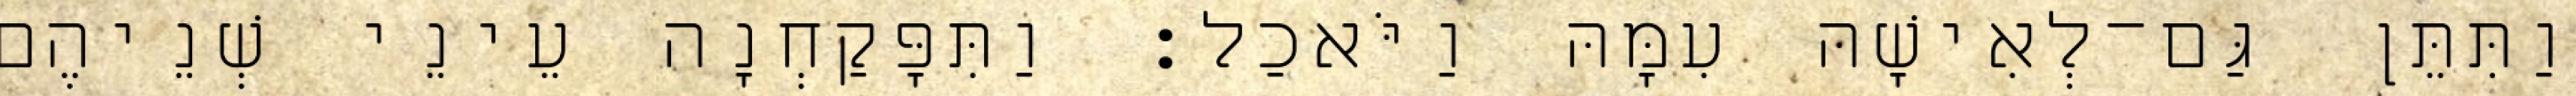
וַתִּתֵּן גַּם־לְאִישָׁהּ עִמָּהּ וַיֹּאכַל׃ וַתִּפָּקַחְנָה עֵינֵי שְׁנֵיהֶם